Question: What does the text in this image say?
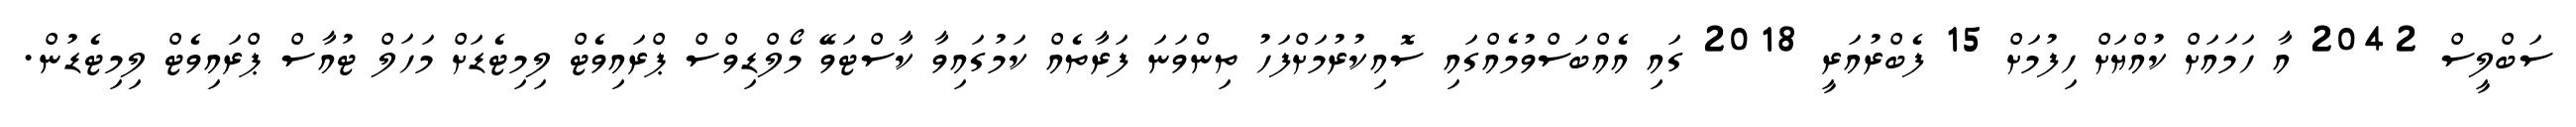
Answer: ސަބްލީސް 2042 އާ ހަމައަށް ކުއްޔަށް ހިފުމަށް 15 ފެބްރުއަރީ 2018 ގައި އެއްބަސްވުމެއްގައި ސޮއިކުރުމަށްފަހު ތިންވަނަ ފަރާތެއް ކަމުގައިވާ ކާސްޓަވޭ މޯލްޑިވްސް ޕްރައިވެޓް ލިމިޓެޑަށް މަހަލް ޓުއާސް ޕްރައިވެޓް ލިމިޓެޑުން.